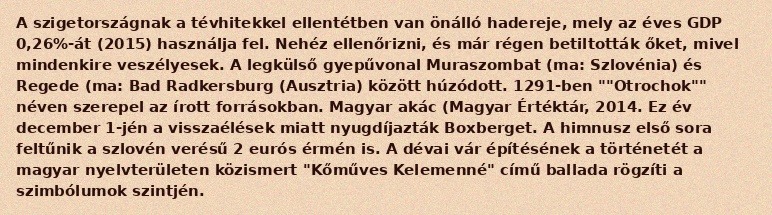
A szigetországnak a tévhitekkel ellentétben van önálló hadereje, mely az éves GDP 0,26%-át (2015) használja fel. Nehéz ellenőrizni, és már régen betiltották őket, mivel mindenkire veszélyesek. A legkülső gyepűvonal Muraszombat (ma: Szlovénia) és Regede (ma: Bad Radkersburg (Ausztria) között húzódott. 1291-ben ""Otrochok"" néven szerepel az írott forrásokban. Magyar akác (Magyar Értéktár, 2014. Ez év december 1-jén a visszaélések miatt nyugdíjazták Boxberget. A himnusz első sora feltűnik a szlovén verésű 2 eurós érmén is. A dévai vár építésének a történetét a magyar nyelvterületen közismert "Kőműves Kelemenné" című ballada rögzíti a szimbólumok szintjén.